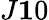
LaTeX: J\le 10